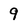
Character: 9